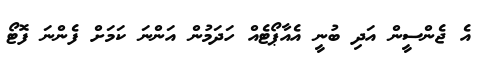
އެ ޖެންސީން އަދި ބުނީ އެއާޕޯޓެއް ހަދަމުން އަންނަ ކަމަށް ފެންނަ ފޮޓޯ